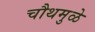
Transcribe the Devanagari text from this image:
चौथमुळे